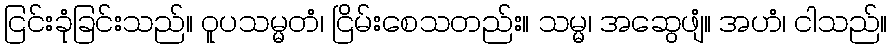
ငြင်းခုံခြင်းသည်။ ဝူပသမ္မတံ၊ ငြိမ်းစေသတည်း။ သမ္မ၊ အဆွေဖျံ။ အဟံ၊ ငါသည်။